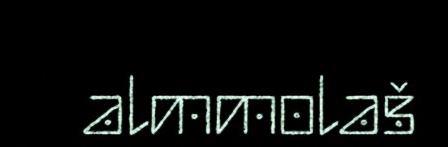
almmolaš